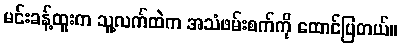
မင်းခန့်ထူးက သူ့လက်ထဲက အသံဖမ်းစက်ကို ထောင်ပြတယ်။